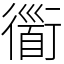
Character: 衟